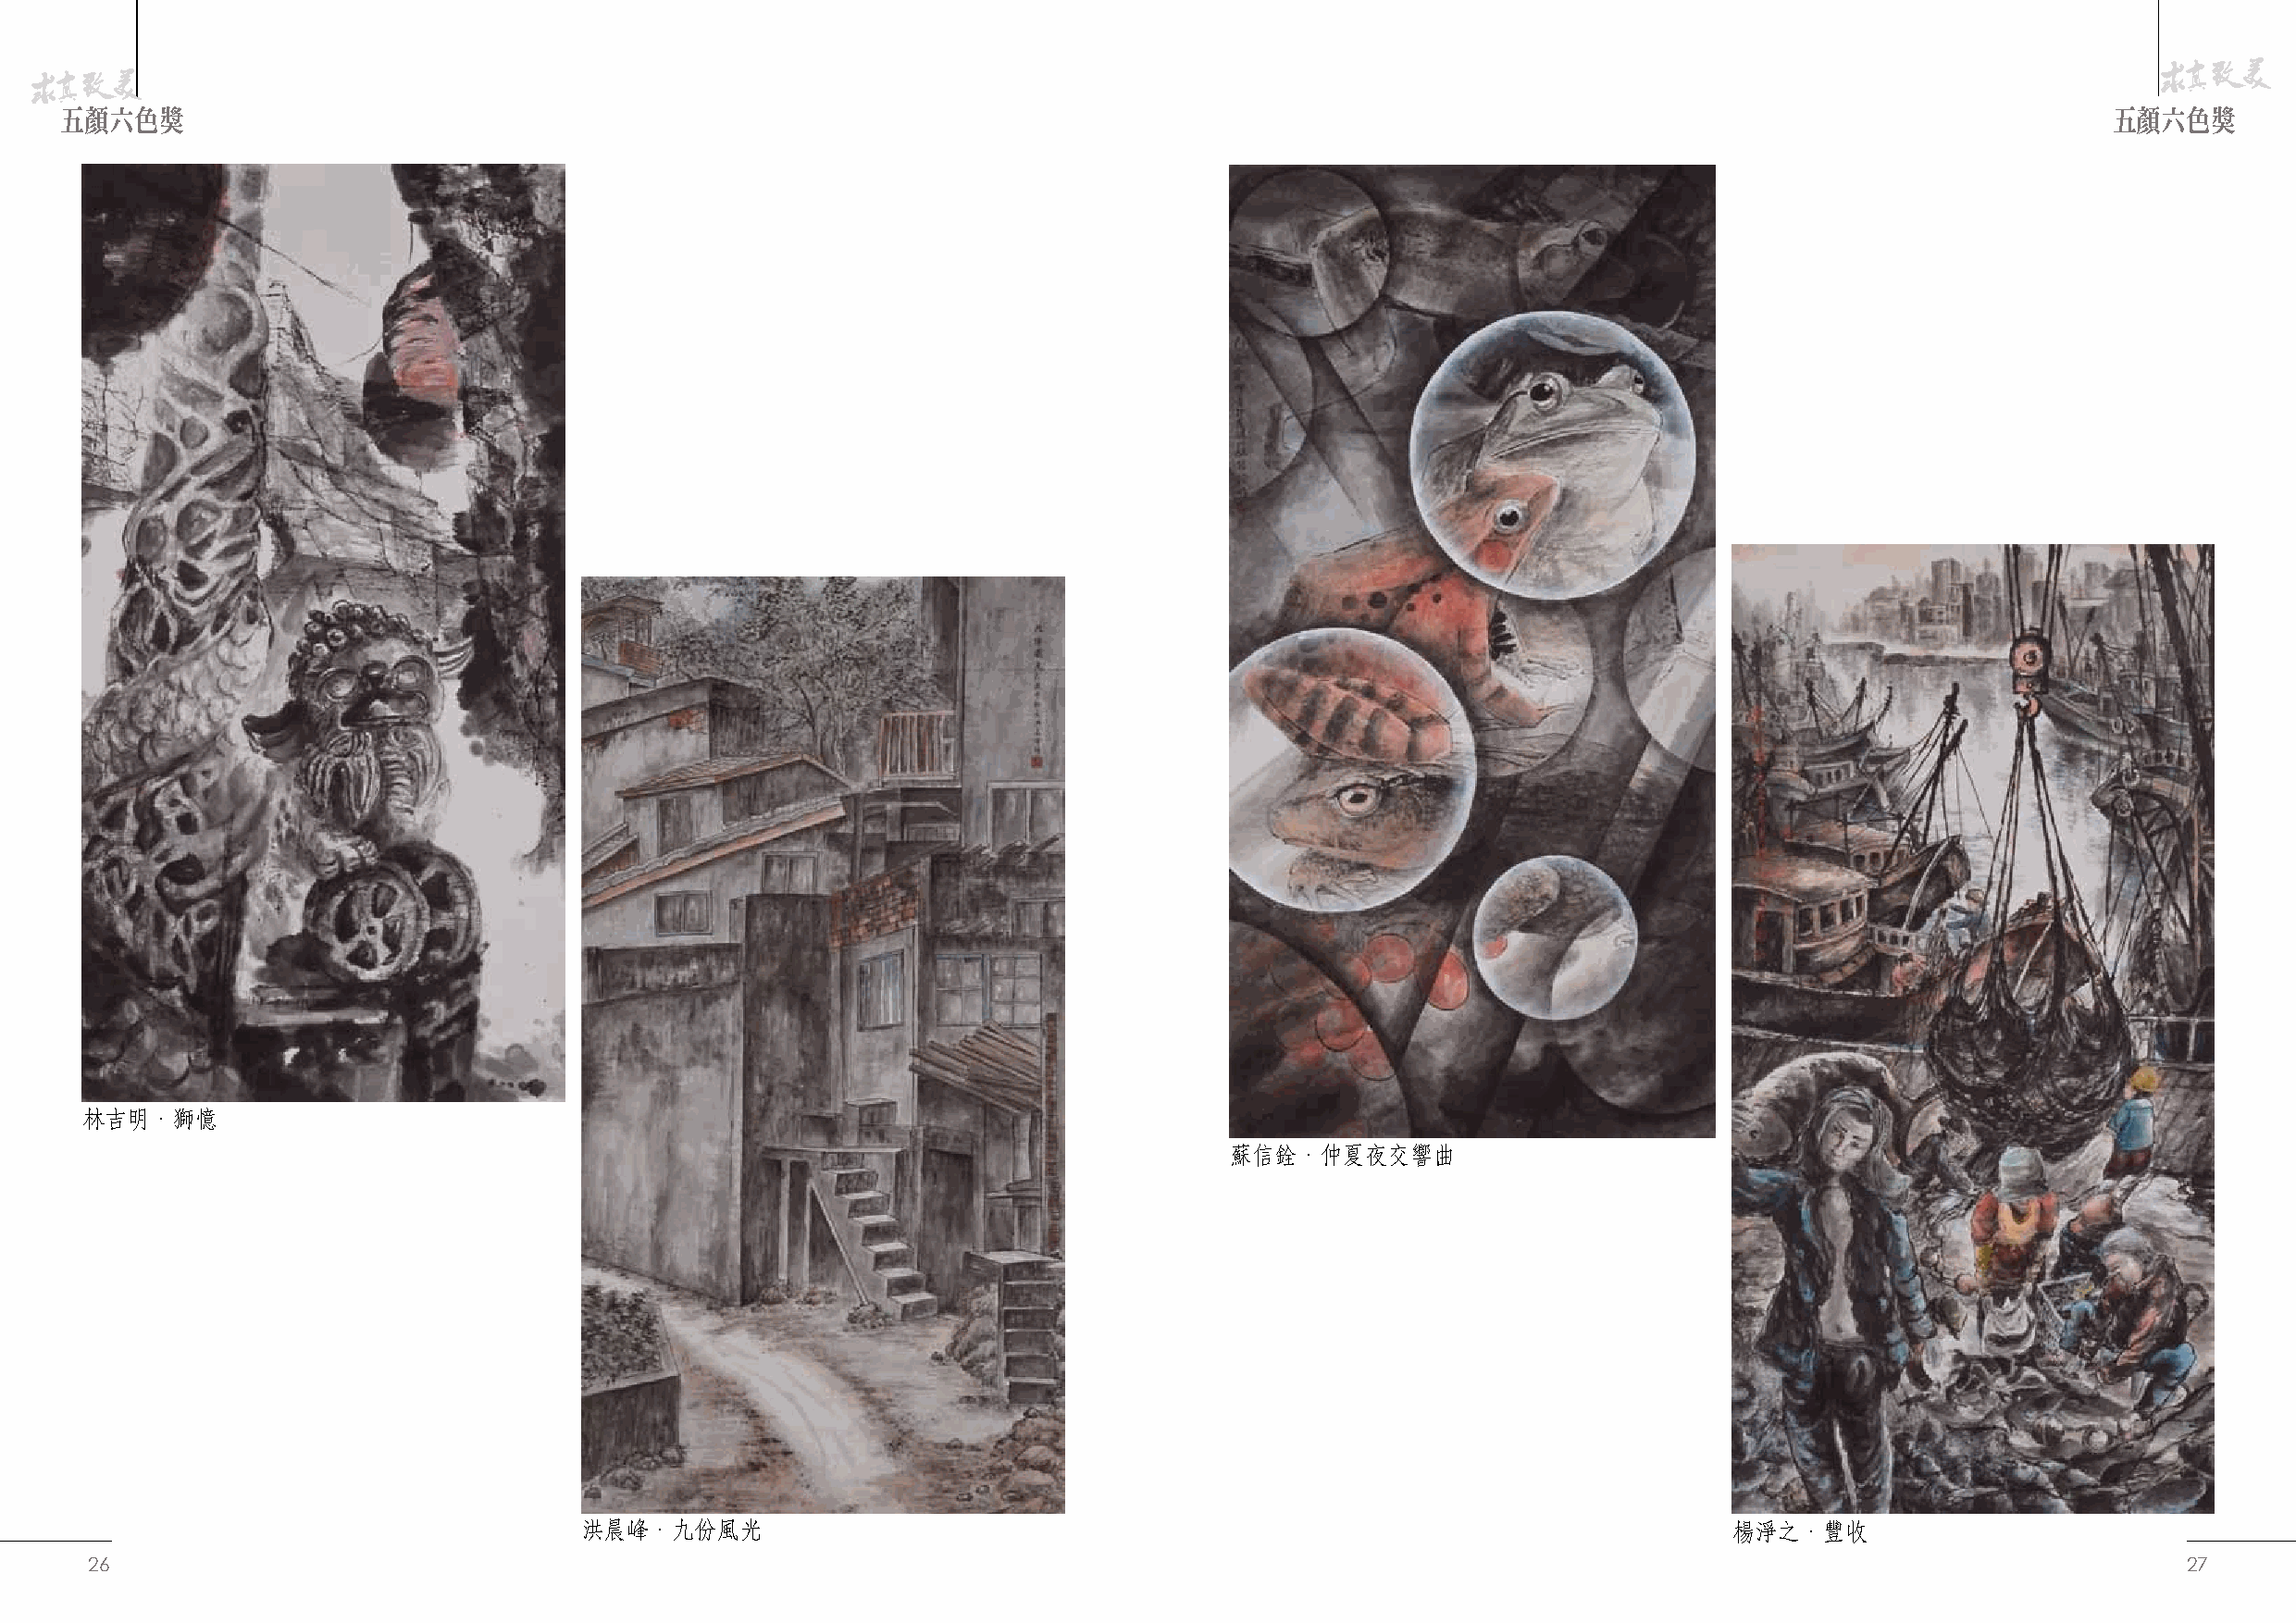
五顏六色獎                                                                                                                                              五顏六色獎
 林吉明．獅憶
 蘇信銓．仲夏夜交響曲
 洪晨峰．九份風光                                                                          楊淨之．豐收
 26                                                                                                                                                    27